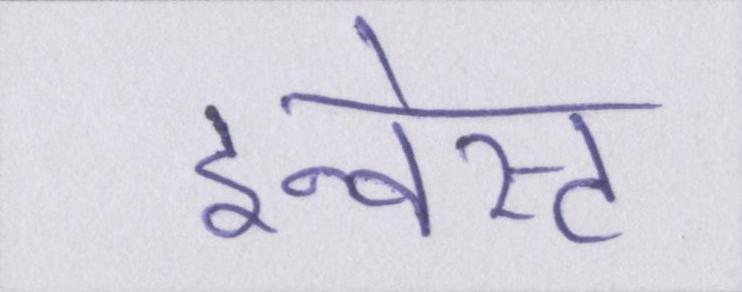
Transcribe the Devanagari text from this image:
इन्वेस्ट